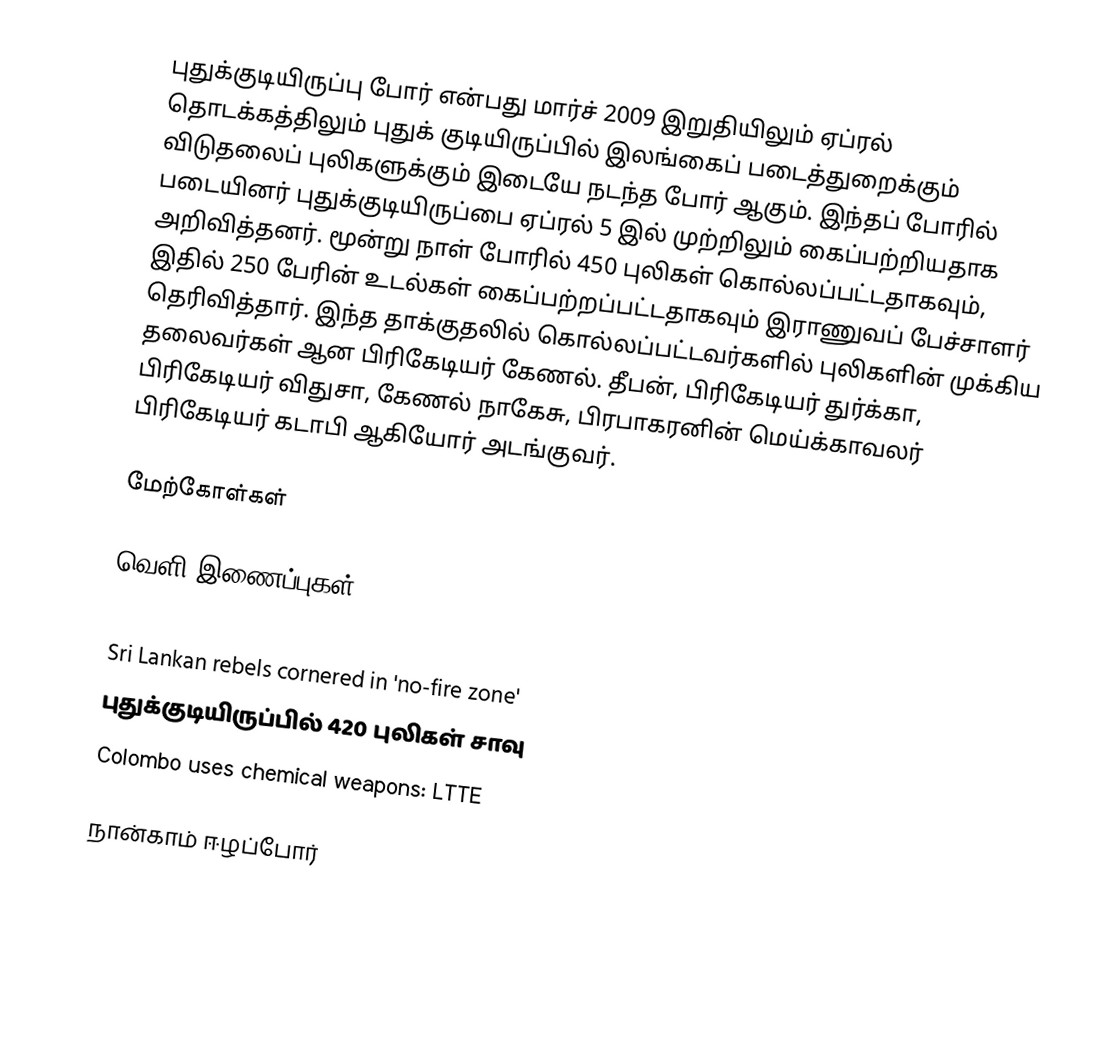
புதுக்குடியிருப்பு போர் என்பது மார்ச் 2009 இறுதியிலும் ஏப்ரல் தொடக்கத்திலும் புதுக் குடியிருப்பில் இலங்கைப் படைத்துறைக்கும் விடுதலைப் புலிகளுக்கும் இடையே நடந்த போர் ஆகும்.  இந்தப் போரில் படையினர் புதுக்குடியிருப்பை ஏப்ரல் 5 இல் முற்றிலும் கைப்பற்றியதாக அறிவித்தனர். மூன்று நாள் போரில் 450 புலிகள் கொல்லப்பட்டதாகவும், இதில் 250 பேரின் உடல்கள் கைப்பற்றப்பட்டதாகவும் இராணுவப் பேச்சாளர் தெரிவித்தார்.  இந்த தாக்குதலில் கொல்லப்பட்டவர்களில் புலிகளின் முக்கிய தலைவர்கள் ஆன பிரிகேடியர் கேணல். தீபன், பிரிகேடியர் துர்க்கா, பிரிகேடியர் விதுசா, கேணல் நாகேசு, பிரபாகரனின் மெய்க்காவலர் பிரிகேடியர் கடாபி ஆகியோர் அடங்குவர்.

மேற்கோள்கள்

வெளி இணைப்புகள்
 LTTE last bastion falls
 Sri Lankan rebels cornered in 'no-fire zone'
 புதுக்குடியிருப்பில் 420 புலிகள் சாவு
 Colombo uses chemical weapons: LTTE

நான்காம் ஈழப்போர்